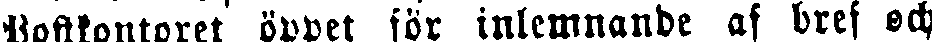
Postkontoret öppet for inlemnande af bref och